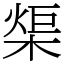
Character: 㮡